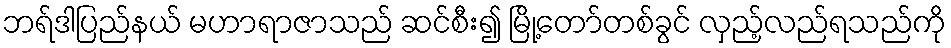
ဘရ်ဒါပြည်နယ် မဟာရာဇာသည် ဆင်စီး၍ မြို့တော်တစ်ခွင် လှည့်လည်ရသည်ကို